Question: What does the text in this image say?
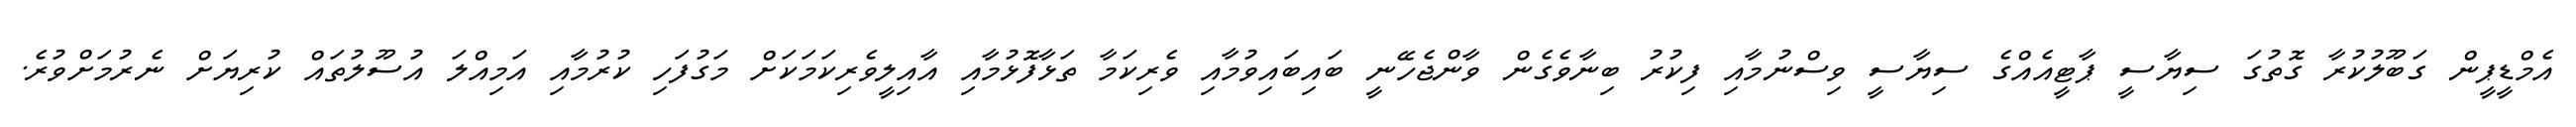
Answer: އެމްޑީޕީން ގަބޫލުކުރާ ގޮތުގަ ސިޔާސީ ޕާޓީއެއްގެ ސިޔާސީ ވިސްނުމާއި ފިކުރު ބިނާވެގެން ވާންޖެހޭނީ ބައިބައިވުމާއި ވެރިކަމާ ތަޅާފޮޅުމާއި އާއިލީވެރިކަމަކަށް މަގުފަހި ކުރުމާއި އަމިއްލަ އުސޫލުތައް ކުރިޔަށް ނެރުމަށްވުރެ.